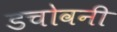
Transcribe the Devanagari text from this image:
डचोवनी